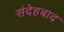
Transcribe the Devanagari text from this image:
संदेहबाद